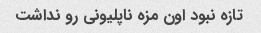
تازه نبود اون مزه ناپلیونی رو نداشت